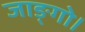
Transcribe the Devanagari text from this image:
जाङ्गो।